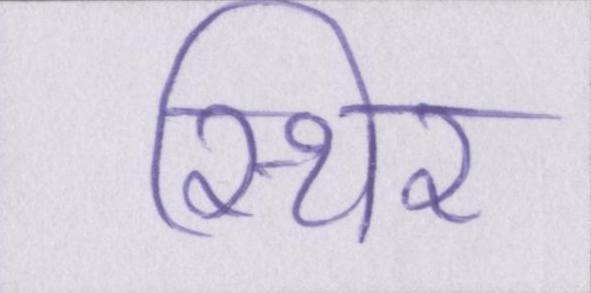
स्थिर